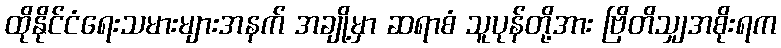
ထိုနိုင်ငံရေးသမားများအနက် အချို့မှာ ဆရာစံ သူပုန်တို့အား ဗြိတိသျှအစိုးရက